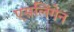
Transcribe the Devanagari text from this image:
एसलिंगेन